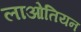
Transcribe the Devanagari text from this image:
लाओतियन